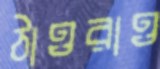
ঠাওরাও